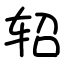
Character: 轺